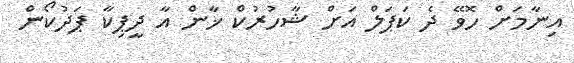
އިނާމަށް ހޮވޭ ދެ ކަޕަލް އަށް ޝާހުރުކް ޚާން އާ ދީޕިކާ ޕަދުކޯން